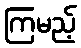
ကြမည့်